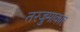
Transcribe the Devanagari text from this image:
तरजुमाकार